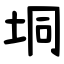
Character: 垌